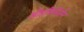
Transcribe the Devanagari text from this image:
श्रीहरिकीर्तन